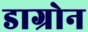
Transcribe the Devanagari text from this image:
डाग्रोन